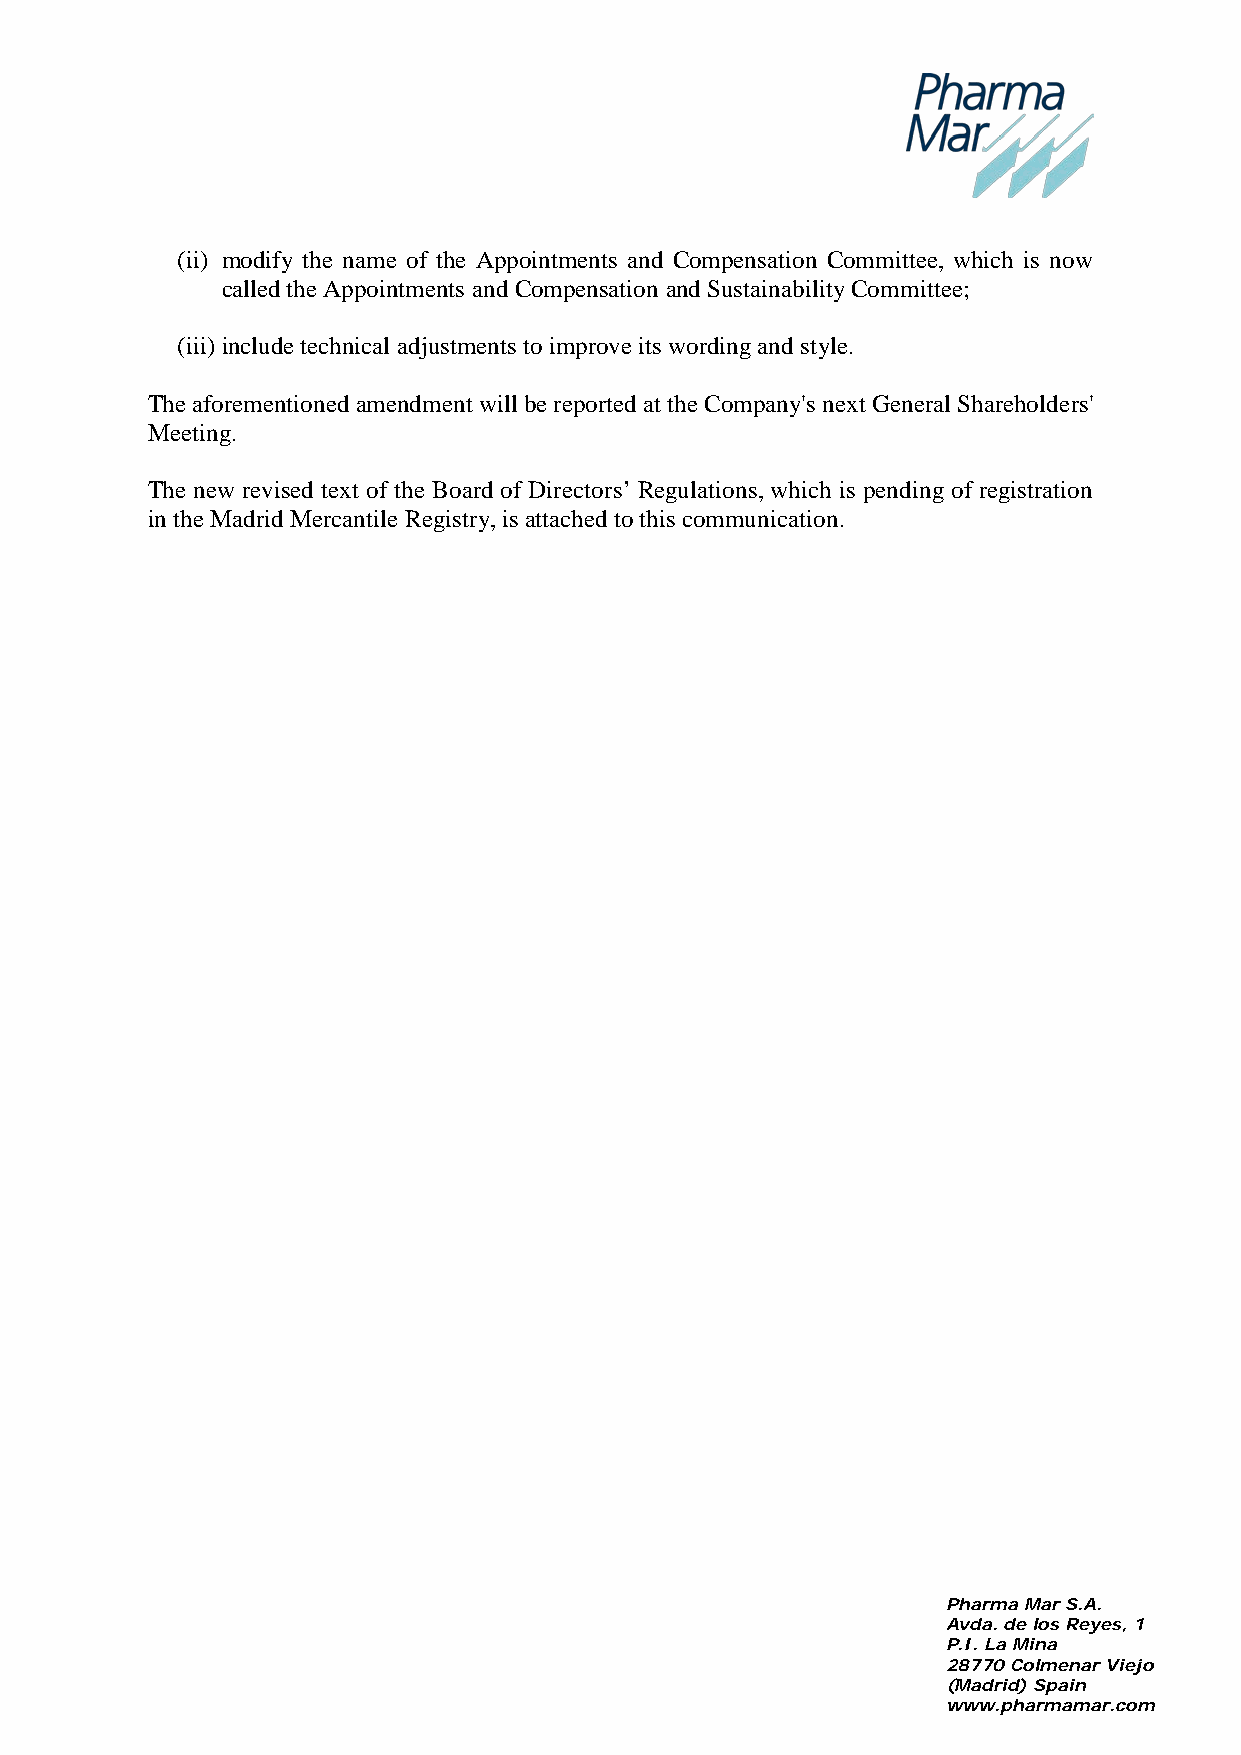
(ii) modify the name of the Appointments and Compensation Committee, which is now
 called the Appointments and Compensation and Sustainability Committee;
 (iii) include technical adjustments to improve its wording and style.
 The aforementioned amendment will be reported at the Company's next General Shareholders'
 Meeting.
 The new revised text of the Board of Directors’ Regulations, which is pending of registration
 in the Madrid Mercantile Registry, is attached to this communication.
 Pharma Mar S.A.
 Avda. de los Reyes, 1
 P.I. La Mina
 28770 Colmenar Viejo
 (Madrid) Spain
 www.pharmamar.com